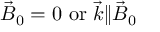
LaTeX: { \vec { B } } _ { 0 } = 0 \ \mathrm { { o r } } \ { \vec { k } } \| { \vec { B } } _ { 0 }